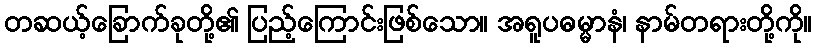
တဆယ့်ခြောက်ခုတို့၏ ပြည့်ကြောင်းဖြစ်သော။ အရူပဓမ္မာနံ၊ နာမ်တရားတို့ကို။